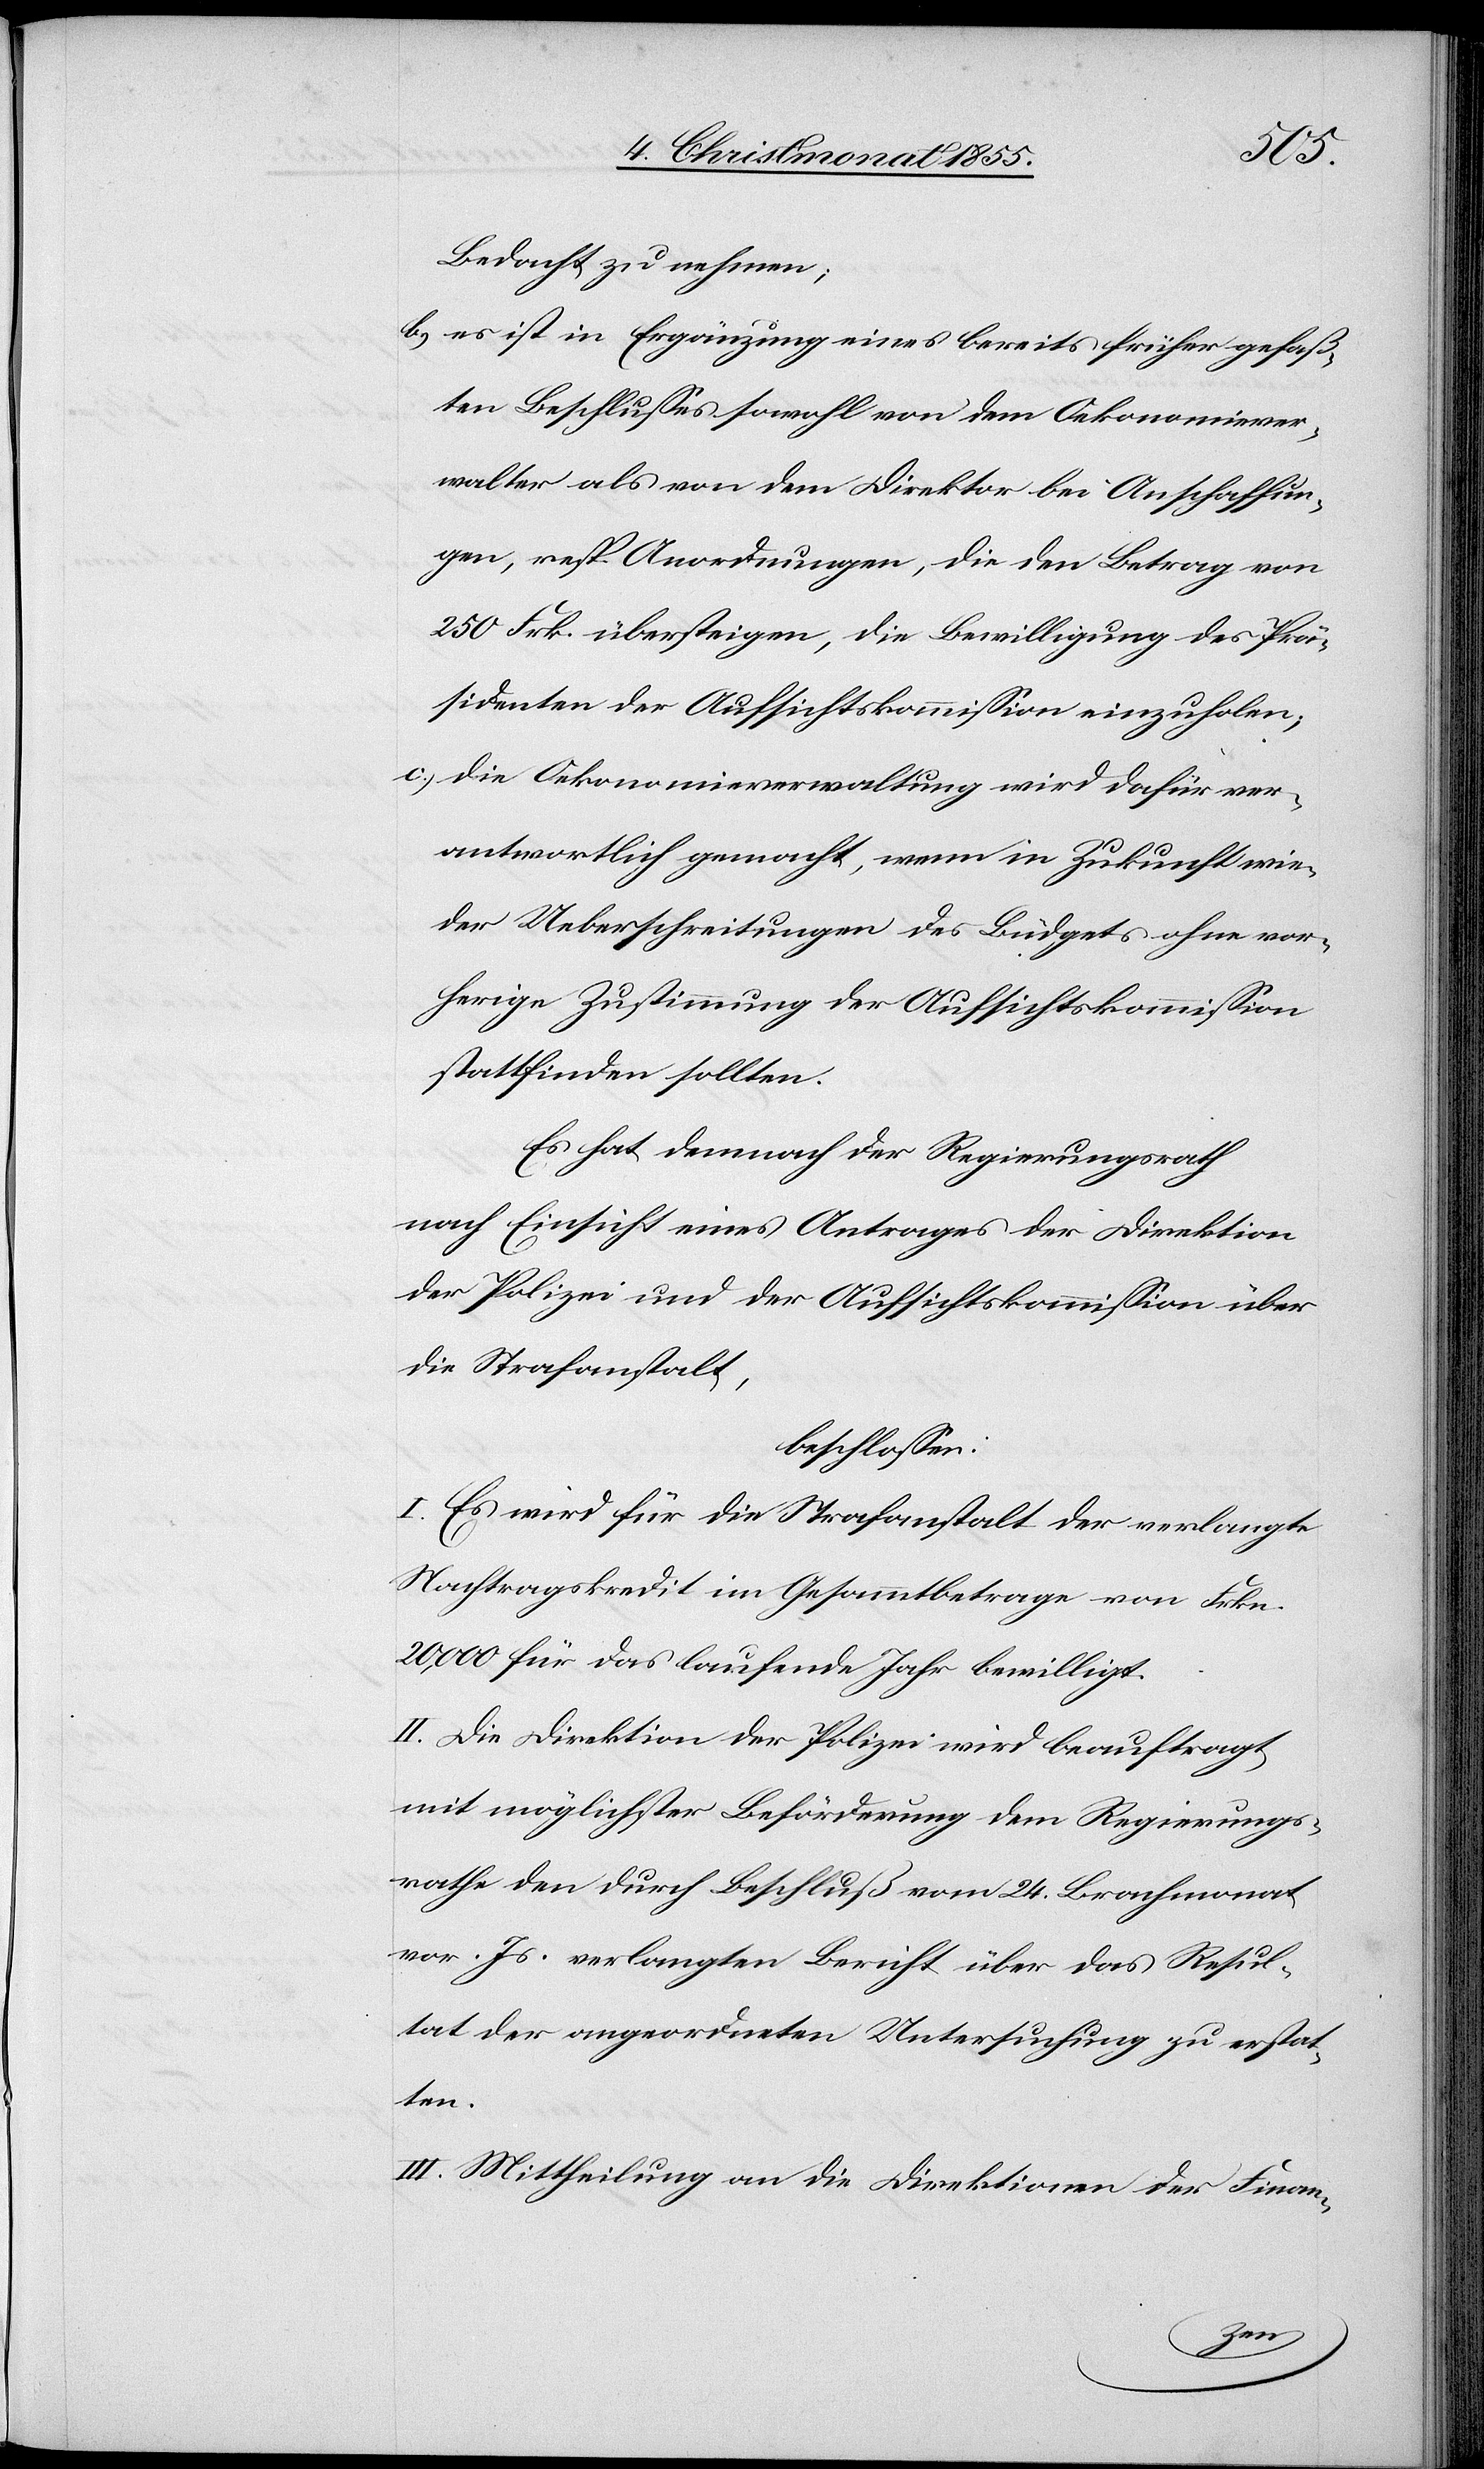
Bedacht zu nehmen;
es ist in Ergänzung eines bereits früher gefaß¬
ten Beschlusses sowohl von dem Oekonomiever¬
walter als von dem Direktor bei Anschaffun¬
gen, resp. Anordnungen, die den Betrag von
250 Frk. übersteigen, die Bewilligung des Prä¬
sidenten der Aufsichtskommission einzuholen;
die Oekonomieverwaltung wird dafür ver¬
antwortlich gemacht, wenn in Zukunft wie¬
der Ueberschreitungen des Büdgets ohne vor¬
herige Zustimmung der Aufsichtskommission
stattfinden sollten.
Es hat demnach der Regierungsrath
nach Einsicht eines Antrages der Direktion
der Polizei und der Aufsichtskommission über
die Strafanstalt,
beschlossen:
I. Es wird für die Strafanstalt der verlangte
Nachtragskredit im Gesammtbetrage von Frkn.
20,000 für das laufende Jahr bewilligt.
II. Die Direktion der Polizei wird beauftragt,
mit möglichster Beförderung dem Regierungs¬
rathe den durch Beschluß vom 24. Brachmonat
vor. Js. verlangten Bericht über das Resul¬
tat der angeordneten Untersuchung zu erstat¬
ten.
III. Mittheilung an die Direktionen der Finan-